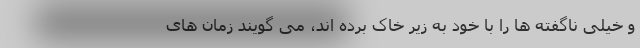
و خیلی ناگفته ها را با خود به زیر خاک برده اند، می گویند زمان های